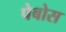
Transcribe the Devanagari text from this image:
पेबोस